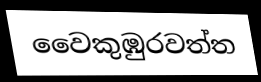
වෛකුඹුරවත්ත